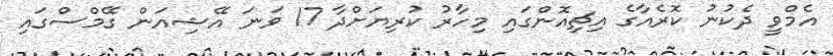
އެމްވީ ދެކުނު ކޮރެއާގެ އިޗިއޮންގައި މިހާރު ކުރިޔަށްދާ 17 ވަނަ އޭޝިއަން ގޭމްސްގައި